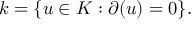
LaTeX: k = \{ u \in K : \partial ( u ) = 0 \} .